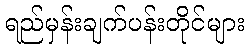
ရည်မှန်းချက်ပန်းတိုင်များ